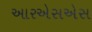
આરએસએસ